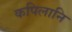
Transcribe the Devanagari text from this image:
कपिलानि